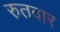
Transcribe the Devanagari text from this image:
रुतवार